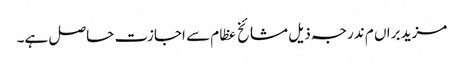
مزید براں م ندرجہ ذیل مشائخ عظام سے اجازت حاصل ہے۔